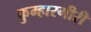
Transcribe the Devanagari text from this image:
कुम्हारगीरी